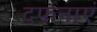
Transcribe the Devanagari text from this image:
दफनाएं